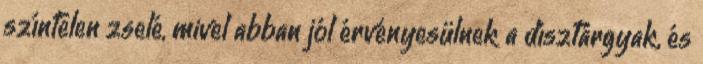
színtelen zselé, mivel abban jól érvényesülnek a dísztárgyak, és